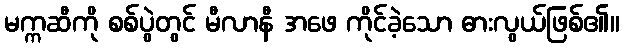
မက္ကဆီကို စစ်ပွဲတွင် မီလာနီ အဖေ ကိုင်ခဲ့သော ဓားလွယ်ဖြစ်၏။